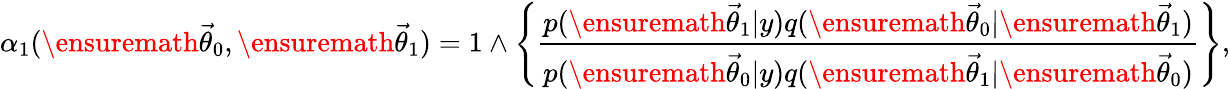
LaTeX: \alpha_{1}(\ensuremath{\vec{\theta}}_{0},\ensuremath{\vec{\theta}}_{1})=1\wedge\left\{ \frac{p(\ensuremath{\vec{\theta}}_{1}|y)q(\ensuremath{\vec{\theta}}_{0}|\ensuremath{\vec{\theta}}_{1})}{p(\ensuremath{\vec{\theta}}_{0}|y)q(\ensuremath{\vec{\theta}}_{1}|\ensuremath{\vec{\theta}}_{0})}\right\} ,